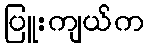
ပြူးကျယ်က